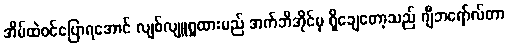
အိမ်ထဲဝင်ပြောရအောင် လျစ်လျူရှုထားမည် အက်ဘီအိုင်မှ ရှိချေတော့သည် ဂျီဘရော်လ်တာ